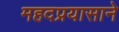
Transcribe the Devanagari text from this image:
महदप्रयासाने